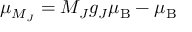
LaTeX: \mu _ { M _ { J } } = M _ { J } g _ { J } \mu _ { \mathrm { B } } - \mu _ { \mathrm { B } }